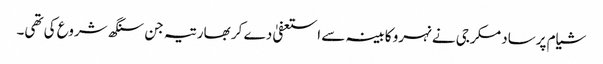
شیام پرساد مکرجی نے نہرو کابینہ سے استعفیٰ دے کر بھارتیہ جن سنگھ شروع کی تھی۔